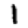
Digit: 1